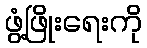
ဖွံ့ဖြိုးရေးကို